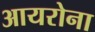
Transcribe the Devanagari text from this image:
आयरोना